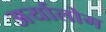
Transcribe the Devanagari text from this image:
अर्यालोग